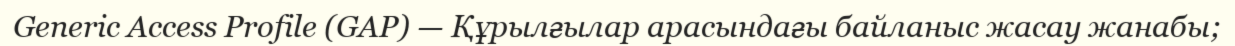
Generic Access Profile (GAP) — Құрылғылар арасындағы байланыс жасау жанабы;